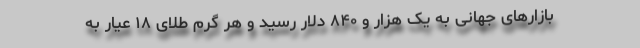
بازار‌های جهانی به یک هزار و ۸۴۰ دلار رسید و هر گرم طلای ۱۸ عیار به